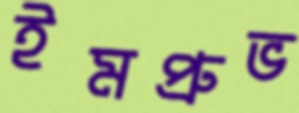
ইমপ্রুভ